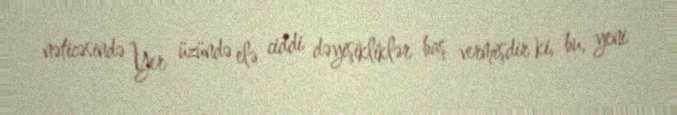
nəticəsində Yer üzündə elə ciddi dəyişikliklər baş vermişdir ki, bu, yeni